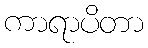
ကာရာပိတာ